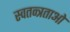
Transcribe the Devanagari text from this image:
स्वतन्त्रताओ